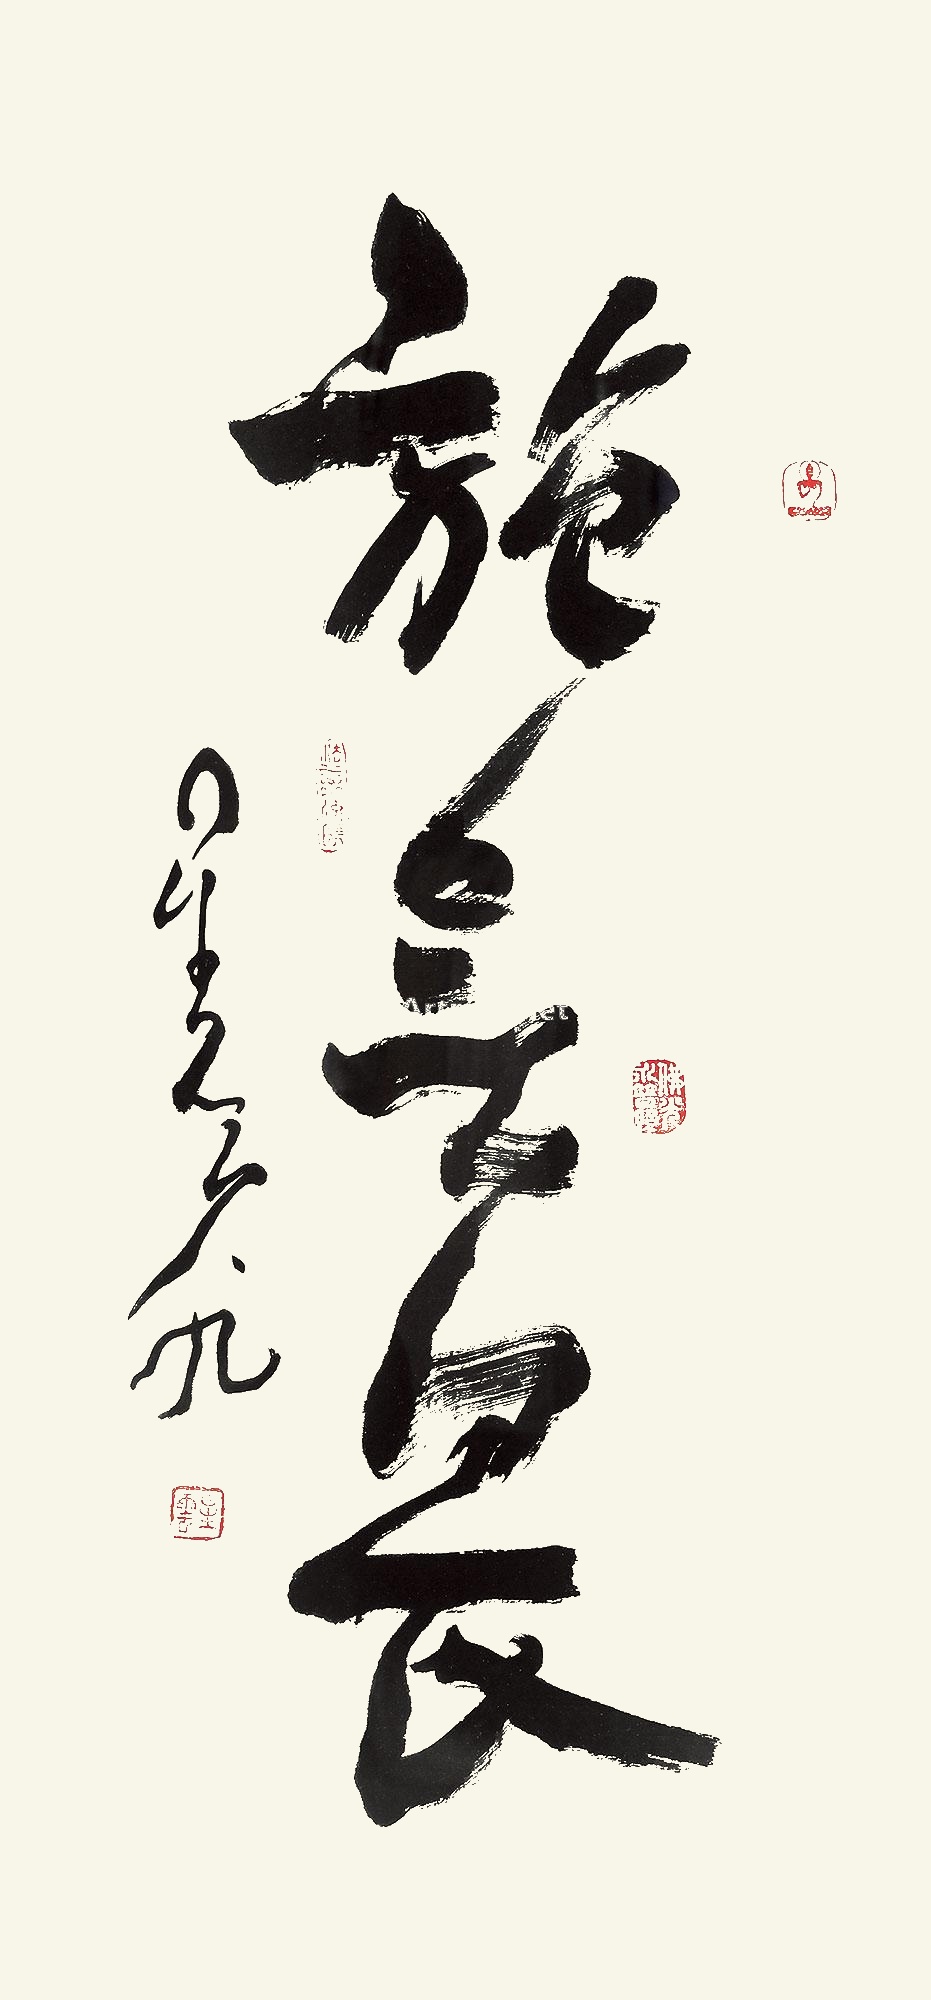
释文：施无畏星云久九。